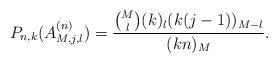
LaTeX: \begin{align*}P_{n,k}(A^{(n)}_{M,j,l})=\frac{\binom Ml(k)_l(k(j-1))_{M-l}}{(kn)_M}.\end{align*}